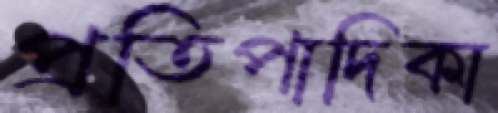
প্রতিপাদিকা